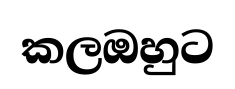
කලඔහුට